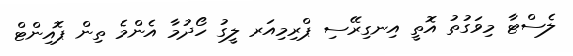
ލެސްޓާ މިވަގުތު އޮތީ އިނގިރޭސި ޕްރިމިއަރ ލީގު ހޯދުމާ އެންމެ ތިން ޕޮއިންޓް